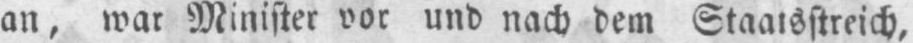
an, war Minister vor und nach dem Staatsstreich,